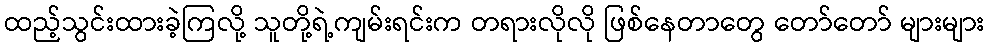
ထည့်သွင်းထားခဲ့ကြလို့ သူတို့ရဲ့ကျမ်းရင်းက တရားလိုလို ဖြစ်နေတာတွေ တော်တော် များများ